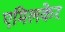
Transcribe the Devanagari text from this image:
एमिलकेर